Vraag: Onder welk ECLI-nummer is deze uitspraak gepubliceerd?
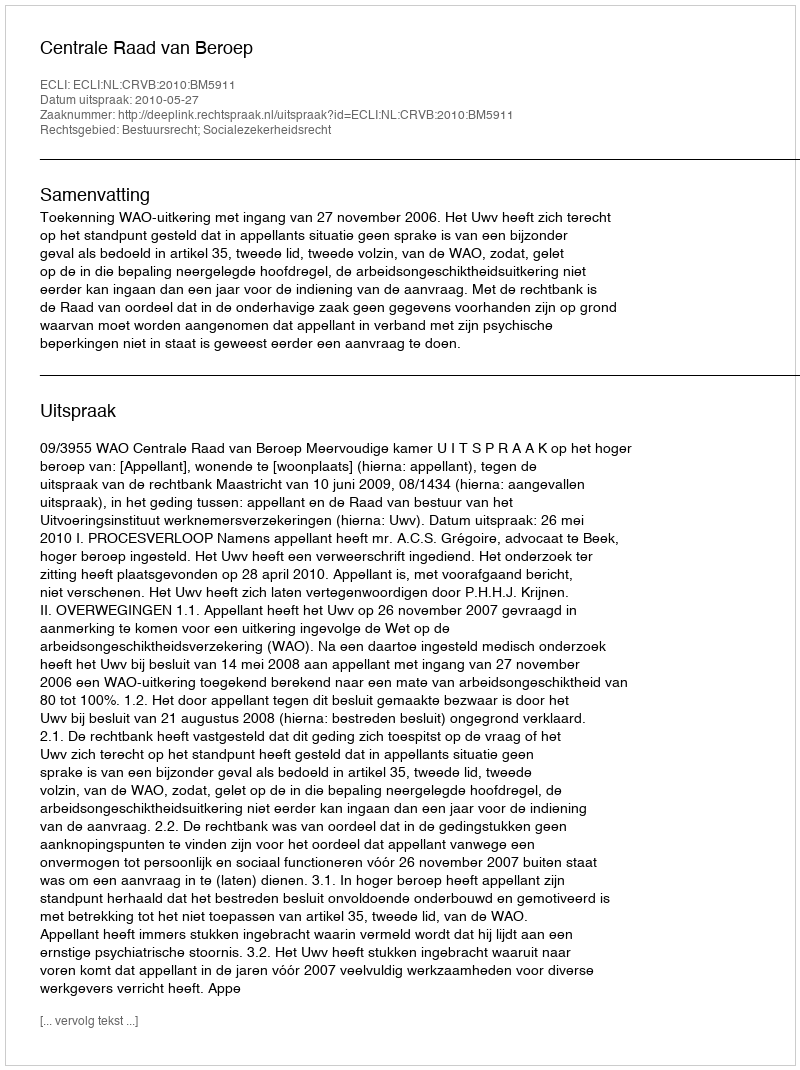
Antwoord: ECLI:NL:CRVB:2010:BM5911